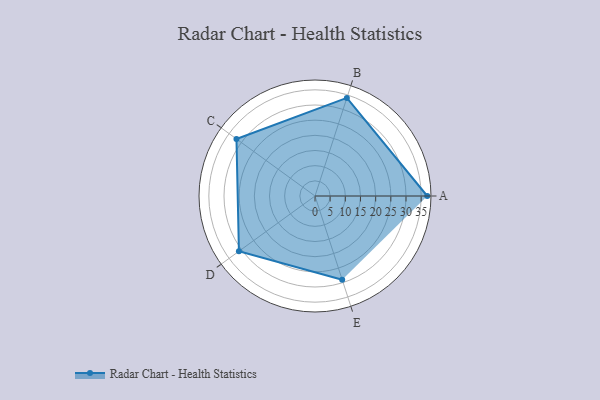
{"axis": {"x": "Skill", "y": "Score"}, "legend": ["Profile"], "data": [{"x": "A", "y": 37.0, "type": "Profile"}, {"x": "B", "y": 34.0, "type": "Profile"}, {"x": "C", "y": 32.0, "type": "Profile"}, {"x": "D", "y": 31.0, "type": "Profile"}, {"x": "E", "y": 29.0, "type": "Profile"}]}